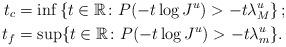
LaTeX: \begin{align*}t_c&=\inf\left\{t\in\mathbb R\colon P(-t\log J^u)>-t\lambda_M^u\right\};\\t_f&=\sup\{t\in\mathbb R\colon P(-t\log J^u)>-t\lambda_m^u\}.\end{align*}